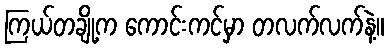
ကြယ်တချို့က ကောင်းကင်မှာ တလက်လက်နဲ့။